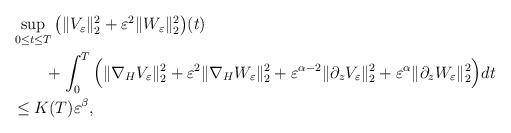
LaTeX: \begin{align*}\begin{aligned}&\sup_{0\leq t\leq T}\big(\|V_\varepsilon\|_2^2+\varepsilon^2\|W_\varepsilon\|_2^2\big)(t)\\&\qquad+\int_0^{T}\Big(\|\nabla_HV_\varepsilon\|_2^2+\varepsilon^2\|\nabla_HW_\varepsilon\|_2^2+\varepsilon^{\alpha-2}\|\partial_zV_\varepsilon\|_2^2+\varepsilon^\alpha\|\partial_zW_\varepsilon\|_2^2\Big)dt\\&\leq K(T)\varepsilon^\beta,\end{aligned}\end{align*}